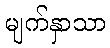
မျက်နှာသာ